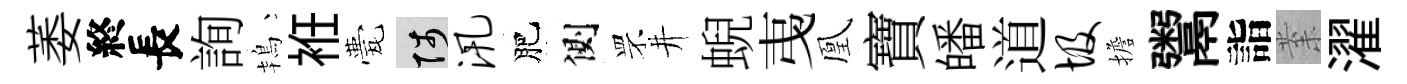
萎終長詢鴇袵甍陟汛肥側罘井蜺𢎯凰寶皤道圾擔鬻詣𭪙濯